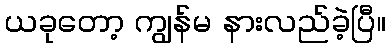
ယခုတော့ ကျွန်မ နားလည်ခဲ့ပြီ။